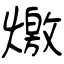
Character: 燩